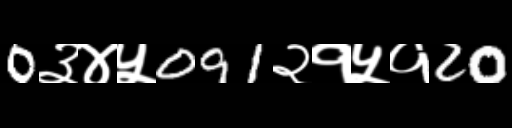
Text: 0३४५091२१५१20